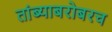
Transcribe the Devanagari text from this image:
तांब्याबरोबरच